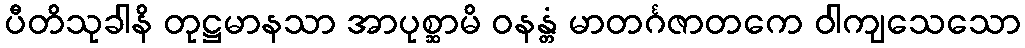
ပီတိသုခါနိ တုဋ္ဌမာနသာ အာပုစ္ဆာမိ ဝနန္တံ မာတင်္ဂဇာတကေ ဝါကျသေသော